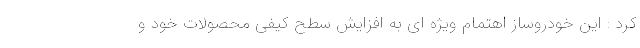
کرد : این خودروساز اهتمام ویژه ای به افزایش سطح کیفی محصولات خود و